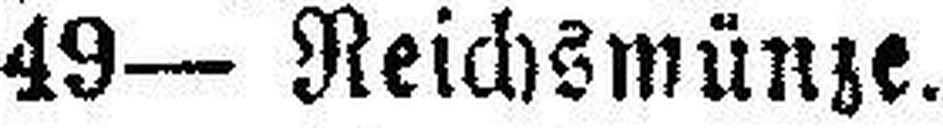
49— Reichsmünze.